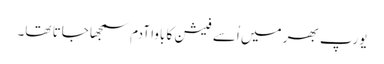
یورپ بھر میں اُسے فیشن کا باوا آدم سمجھا جاتا تھا۔